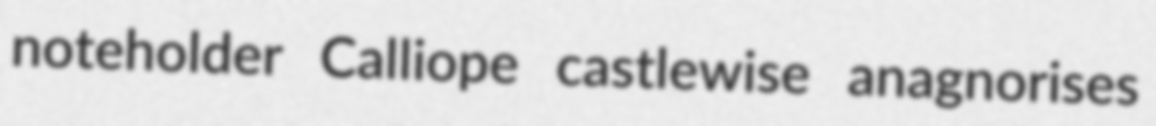
noteholder Calliope castlewise anagnorises